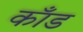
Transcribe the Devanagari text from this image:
काँड